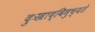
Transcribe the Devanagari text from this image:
दुःखाद्विमुच्यते